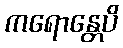
ကရောန္တေပိ